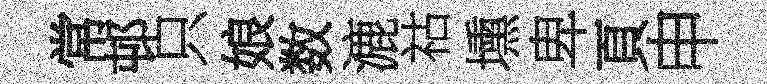
常邨只娘数漉祜壎卑頁申